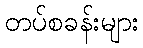
တပ်စခန်းများ